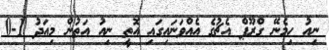
ނިއު ހިމެނޭ ގްރޫޕް އެޗުގެ އެއްވަނައިގައި އޮތީ ނިއު އަތުން މިއަދު 1-0